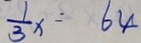
\frac { 1 } { 3 } x = 6 4